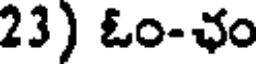
23) ఓం-ఛం